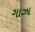
ગાઝા